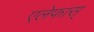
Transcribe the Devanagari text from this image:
एलेफास्